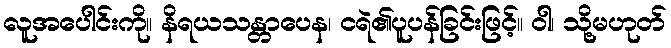
လူအပေါင်းကို။ နိရယသန္တာပေန၊ ငရဲ၏ပူပန်ခြင်းဖြင့်။ ဝါ၊ သို့မဟုတ်